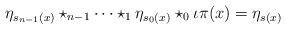
LaTeX: \begin{align*}\eta_{s_{n-1}(x)}\star_{n-1}\cdots\star_1\eta_{s_0(x)}\star_0\iota\pi(x) = \eta_{s(x)}\end{align*}